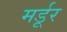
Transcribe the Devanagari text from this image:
मर्डूर